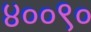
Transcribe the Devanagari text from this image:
४००९०